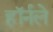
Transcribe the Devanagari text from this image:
हॉर्नले